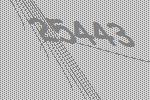
25443